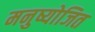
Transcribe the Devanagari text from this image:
मनुष्योजित